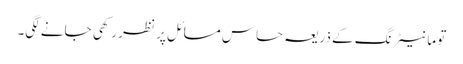
تو مانیٹرنگ کے ذریعہ حساس مسائل پر نظر رکھی جانے لگی۔